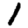
Digit: 1